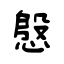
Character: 慇